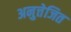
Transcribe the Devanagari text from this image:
अनुत्तेजित